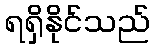
ရရှိနိုင်သည်